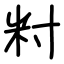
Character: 籿